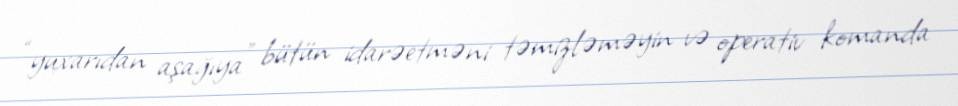
“yuxarıdan aşağıya” bütün idarəetməni təmizləməyin və operativ komanda